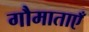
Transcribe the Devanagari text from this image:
गौमाताएँ